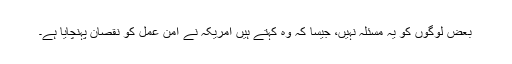
بعض لوگوں کو یہ مسئلہ نہیں، جیسا کہ وہ کہتے ہیں امریکہ نے امن عمل کو نقصان پہنچایا ہے۔